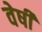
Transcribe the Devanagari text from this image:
वेषी